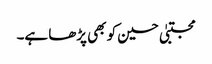
مجتبیٰ حسین کو بھی پڑھا ہے۔